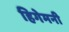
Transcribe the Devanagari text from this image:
हिगेमनी